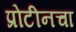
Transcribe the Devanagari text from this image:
प्रोटीनचा